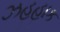
ઝહહાક